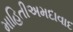
માહિતીઅમદાવાદ